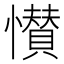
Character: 𭟎